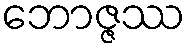
ဘောဇ္ဇဿ